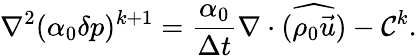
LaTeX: \nabla^{2}(\alpha_{0}\delta p)^{k+1}=\frac{\alpha_{0}}{\Delta t}\nabla\cdot(\widehat{\rho_{0}\vec{u}})-\mathcal{C}^{k}.